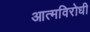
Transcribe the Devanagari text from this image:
आत्मविरोधी